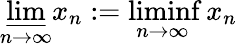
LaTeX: \varliminf_{n\to\infty}x_{n}:=\operatorname*{liminf}_{n\to\infty}x_{n}